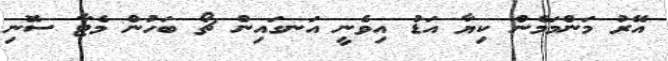
އޭރު މަންމަމެން ކިޔާ އަޑު އިވެނީ އަނގައިން ޗޯ ބަހުން މެޓާ ސޮނި